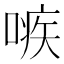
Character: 𠹋